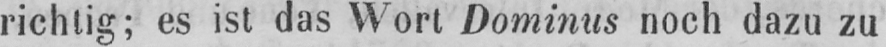
richtig; es ist das Wort Dominus noch dazu zu